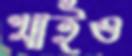
খাইও